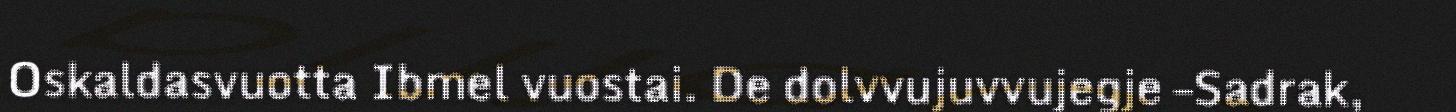
Oskaldasvuotta Ibmel vuostai. De dolvvujuvvujegje –Sadrak,